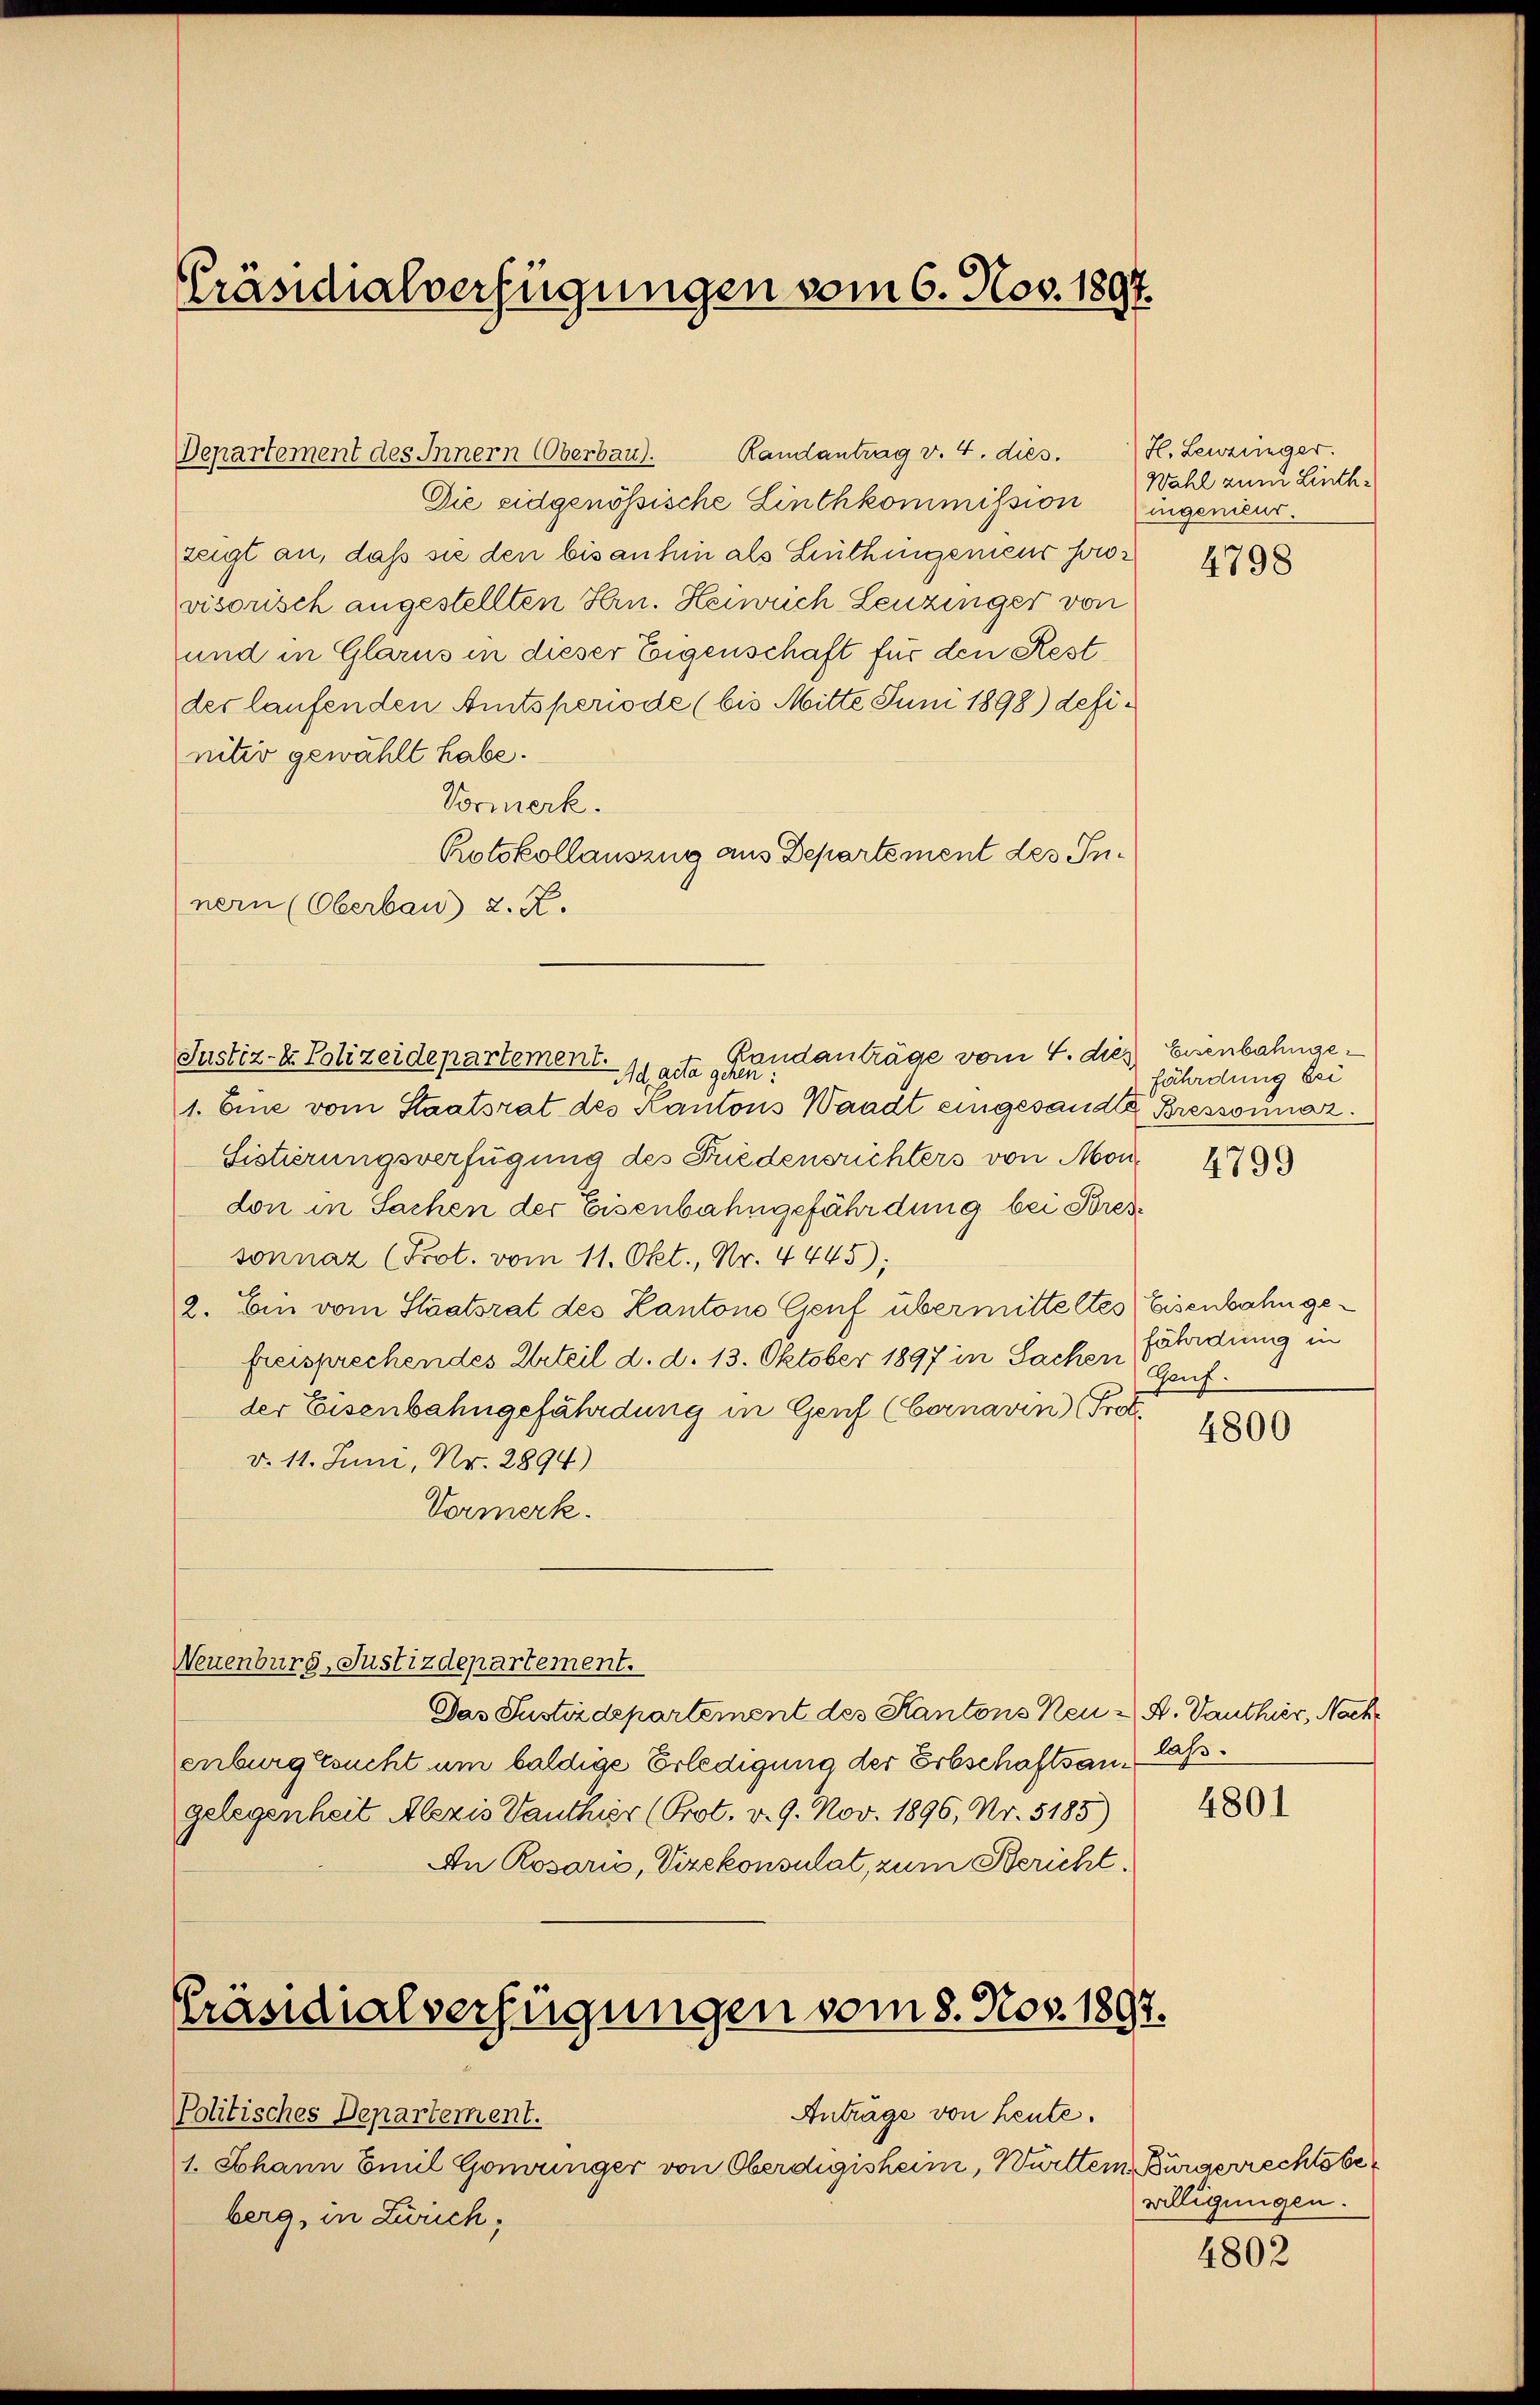
Präsidialverfügungen vom 6. Nov. 1897.

Departement des Innern (Oberbau). Randantrag v. 4. dies.
Die eidgenössische Linthkommission ingenieur.
zeigt an, daß sie den bis anhin als Linthingenieur sow
visorisch angestellten Hrn. Heinrich Leuzinger von
und in Glarus in dieser Eigenschaft für den Rest
der laufenden Amtsperiode (bis Mitte Juni 1898) definitiv gewählt habe.
Vormerk.
Rotokollauszug aus Departement des Innern (Oberbau d. R.

Randanträge vom 4. dies Eisenbahnge¬
Justiz- & Polizeidepartement.

Ad acta gehen:
1. Eine vom Staatsrat des Kantons Waadt eingesandte Bressounaz.
Sistierungsverfügung des Friedensrichters von Mondon in Sachen der Eisenbahngefährdung bei Bres
sonnaz (Prot. vom 11. Okt., Nr. 4445);
2. Ein vom Staatsrat des Kantone Genf übermitteltes Eisenbahngefreisprechendes Urteil d. d. 13. Oktober 1897 in Sachen fährdung in
der Eisenbahngefährdung in Genf (bornavin (Prot
d. 11. Juni, Nr. 2894)
Vormerk.
Neuenburg, Justizdepartement.
Das Justizdepartement des Kantons Neu - A. Danthier, Nach
enburgesucht um baldige Erledigung der Erbschaftsangelegenheit Alezis Danthier (Prot. v. 9. Nov. 1896, Nr. 5185)
An Rosoris, Vizekonsulat, zum Bericht.

Präsidialverfügungen vom 8. Nov. 1897.

Politisches Departement.
1. Johann Emil Goninger von Oberdigisheim, Württem Bürgerrechtsbeberg, in Zürich,

Anträge von heute.

H. Leuzinger.
Wahl zum Linth-

fährdung bei

Gauf.

4798

4799

4800

lass.

4801

willigungen.

4802